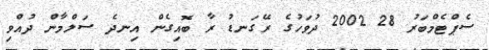
ސެޕްޓެމްބަރު 28 2002 ދުވަހުގެ ރޭގަނޑު ރާ ބޮއިގެން އިނދެ ސަލްމާން ދުއްވި